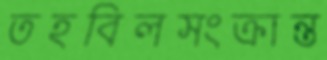
তহবিলসংক্রান্ত